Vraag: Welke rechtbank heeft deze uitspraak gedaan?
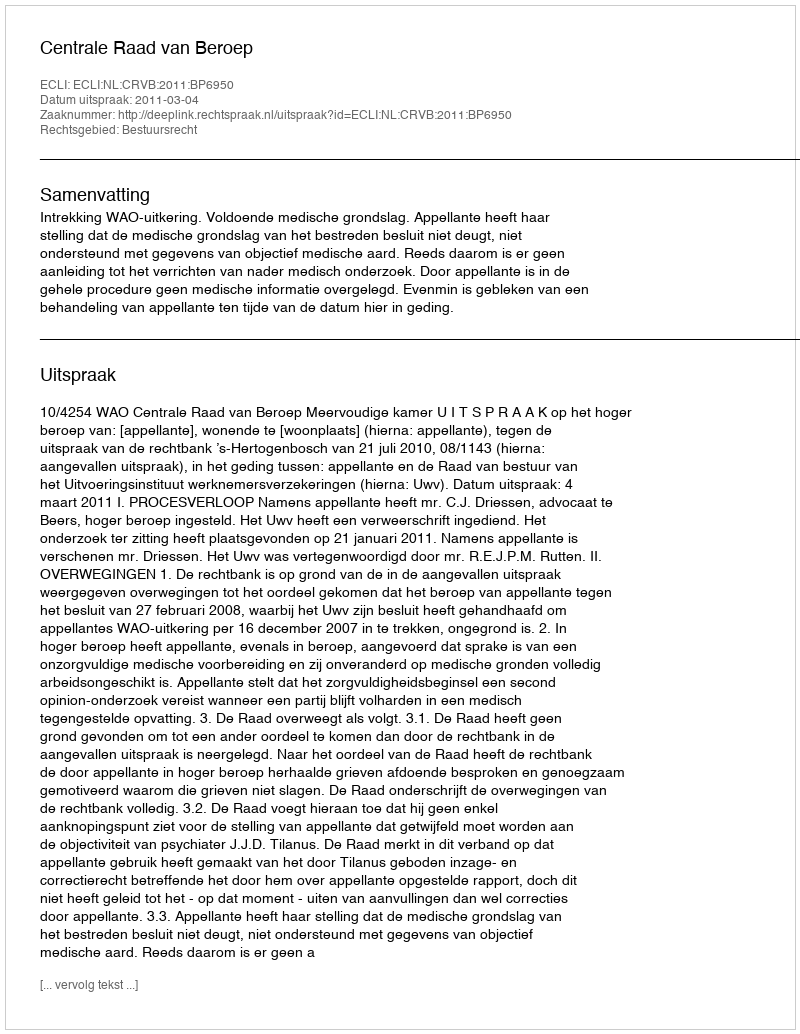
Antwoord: Centrale Raad van Beroep